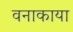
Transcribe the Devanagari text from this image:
वनाकाया